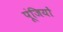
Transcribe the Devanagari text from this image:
पूंजियों